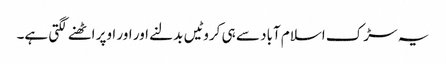
یہ سڑک اسلام آباد سے ہی کروٹیں بدلنے اور اور اوپر اٹھنے لگتی ہے۔